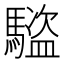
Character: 𬳰